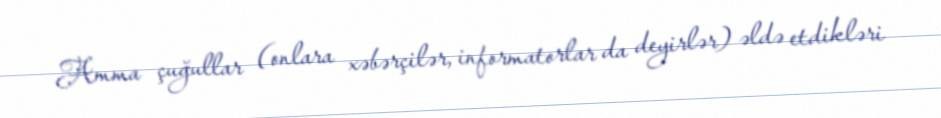
Amma çuğullar (onlara xəbərçilər, informatorlar da deyirlər) əldə etdikləri